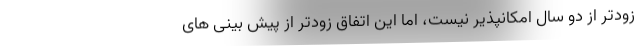
زودتر از دو سال امکانپذیر نیست، اما این اتفاق زودتر از پیش بینی های